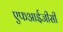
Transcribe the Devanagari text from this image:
एफआईजीसी